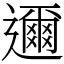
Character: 邇